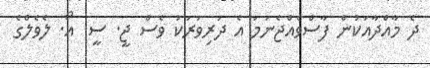
ދެ މާއްދާއަކުން ފާސްވެއްޖެނަމަ އެ ދަރިވަރަކު ވެސް ޖީ. ސީ. އޯ. ލެވެލްގެ